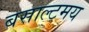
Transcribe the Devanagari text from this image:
बसाल्टमय